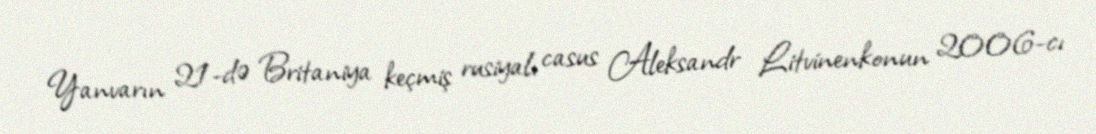
Yanvarın 21-də Britaniya keçmiş rusiyalı casus Aleksandr Litvinenkonun 2006-cı